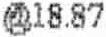
@18.87